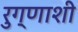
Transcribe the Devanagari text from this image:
रुग्णाशी